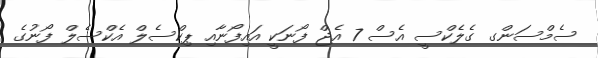
ސެމްސަންގ ގެލެކްސީ އެސް 7 އެޖް ފޯނަކީ އައިފޯނާއި ޕިކްސެލް އެކްސެލް ފޯނުގެ